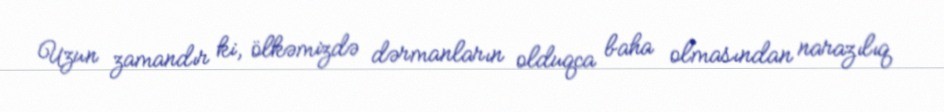
Uzun zamandır ki, ölkəmizdə dərmanların olduqca baha olmasından narazılıq